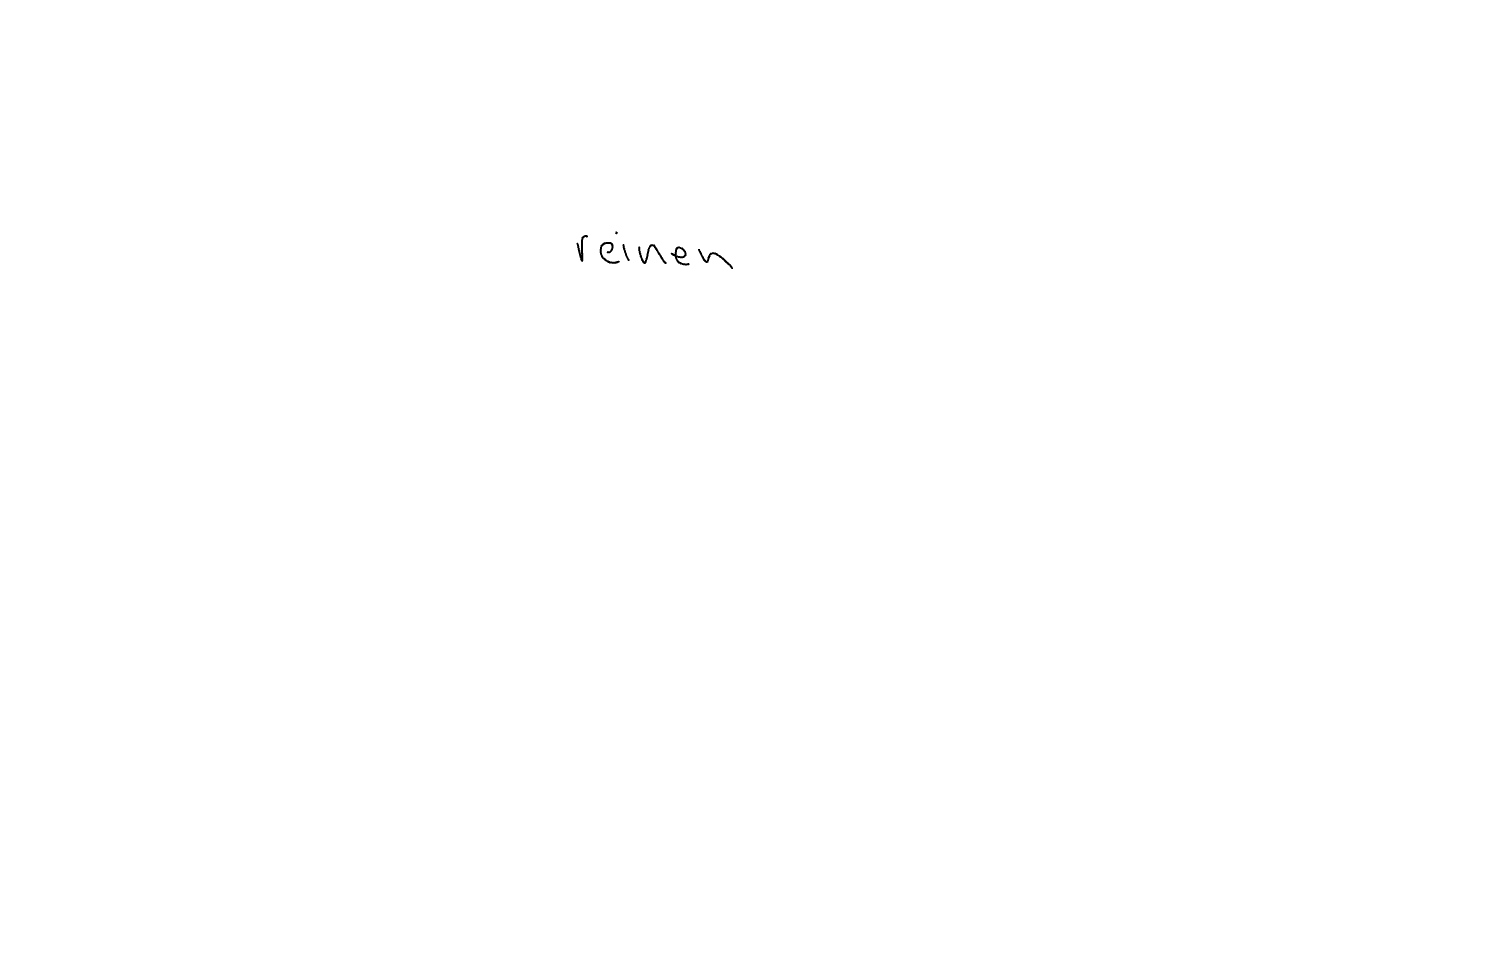
Text: reinen